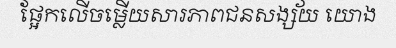
ផ្អែកលើចម្លើយសារភាពជនសង្ស័យ យោង